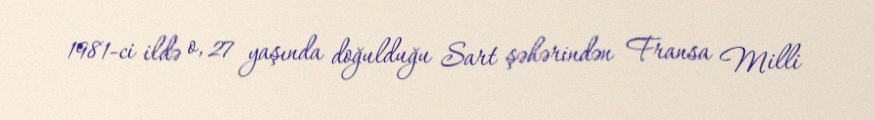
1981-ci ildə o, 27 yaşında doğulduğu Sart şəhərindən Fransa Milli